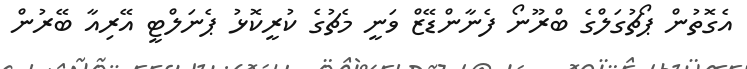
އެގޮތުން ޕޯޗުގަލްގެ ބްރޫނޯ ފެނާންޑޭޒް ވަނީ މެޗުގެ ކުރީކޮޅު ޕެނަލްޓީ އޭރިއާ ބޭރުން